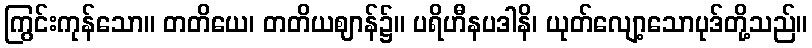
ကြွင်းကုန်သော။ တတိယေ၊ တတိယဈာန်၌။ ပရိဟီနပဒါနိ၊ ယုတ်လျော့သောပုဒ်တို့သည်။